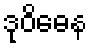
ဒုဝိဓေန